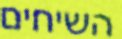
השיחים